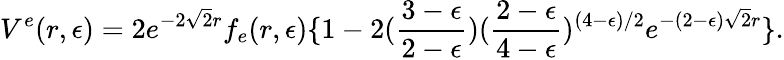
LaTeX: V^{e}(r,\epsilon)=2e^{-2\sqrt 2r}f_{e}(r,\epsilon)\{ 1-2({\frac{3-\epsilon}{2-\epsilon}})({\frac{2-\epsilon}{4-\epsilon}})^{(4-\epsilon)/2}e^{-(2-\epsilon)\sqrt 2r}\} .